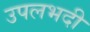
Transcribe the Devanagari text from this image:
उपलभदी